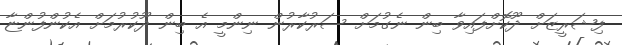
ފިޝަރީޒަށް ދޫކޮށްފައިވާ ބިން ނެގުމަށް ސަރުކާރުން ނިންމީ އެ ބިން ދޫކުރުމަށް އެކުންފުންޏާ